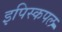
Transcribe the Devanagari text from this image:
इपिस्कपल